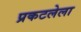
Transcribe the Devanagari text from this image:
प्रकटलेला